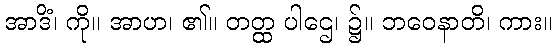
အာဒိံ၊ ကို။ အာဟ၊ ၏။ တတ္ထ ပါဌေ၊ ၌။ ဘဝေနာတိ၊ ကား။